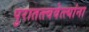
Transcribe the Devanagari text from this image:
पुरातत्त्ववेत्त्यांना